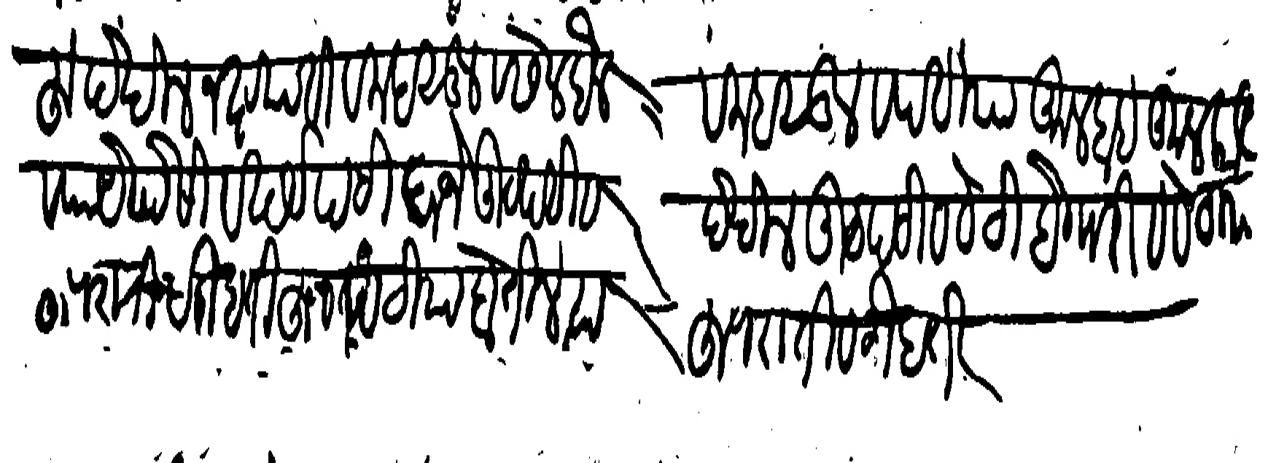
Transliteration (Devanagari): सदरहू देखील नख्तयाती व महसूल व सेल बैल व महसुल व पटीया कुलबाब कुलकानु व पायपोसी व खर्चपटी बाजे उटपटी व देखील उटपटी व बेठीबेगारी व बेठीया हुजराती व गैबतीहून पटीया होतील त्या हुजराती व गैबती